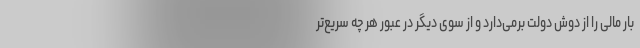
بار مالی را از دوش دولت برمی‌دارد و از سوی دیگر در عبور هر چه سریع‌تر